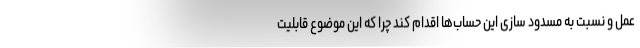
عمل و نسبت به مسدود سازی این حساب‌ها اقدام کند چرا که این موضوع قابلیت